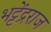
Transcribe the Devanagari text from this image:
भट्टेंद्रराज